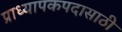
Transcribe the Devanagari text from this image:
प्राध्यापकपदासाठी